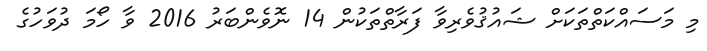
މި މަސައްކަތްތަކަށް ޝައުޤުވެރިވާ ފަރާތްތަކުން 14 ނޮވެންބަރު 2016 ވާ ހޯމަ ދުވަހުގެ